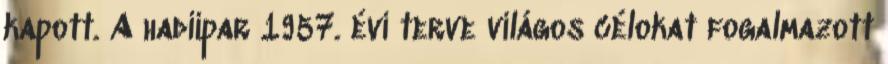
kapott. A hadiipar 1957. évi terve világos célokat fogalmazott